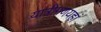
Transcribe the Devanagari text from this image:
यात्रीगणयहां